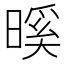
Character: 𭧎